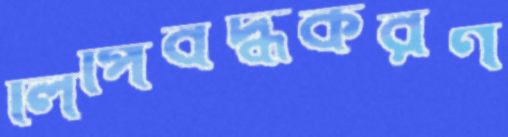
লিপিবদ্ধকরণ